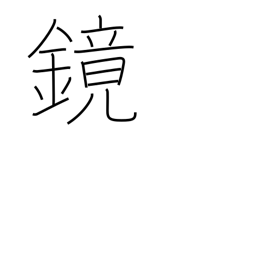
Meaning: barrel-head